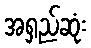
အရှည်ဆုံး